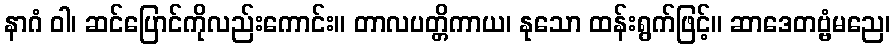
နာဂံ ဝါ၊ ဆင်ပြောင်ကိုလည်းကောင်း။ တာလပတ္တိကာယ၊ နုသော ထန်းရွက်ဖြင့်။ ဆာဒေတဗ္ဗံမညေ၊